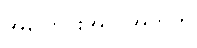
အပြောင်းအလဲအတွက်